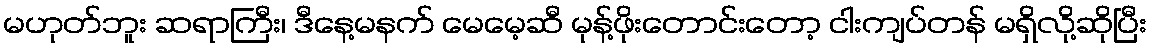
မဟုတ်ဘူး ဆရာကြီး၊ ဒီနေ့မနက် မေမေ့ဆီ မုန့်ဖိုးတောင်းတော့ ငါးကျပ်တန် မရှိလို့ဆိုပြီး